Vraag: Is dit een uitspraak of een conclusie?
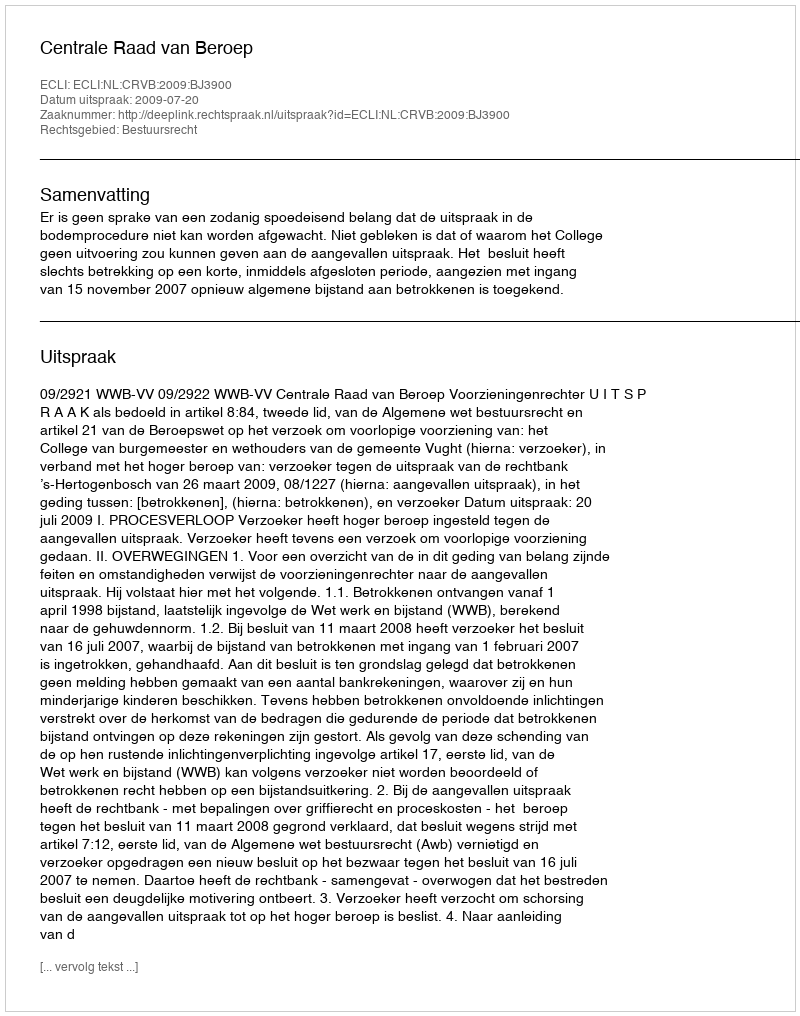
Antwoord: Uitspraak